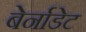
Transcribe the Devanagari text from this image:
बेर्नाडेट